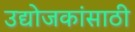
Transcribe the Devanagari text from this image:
उद्योजकांसाठी